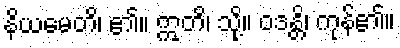
နိယမေတိ၊ ၏။ ဣတိ၊ သို့။ ဝဒန္တိ၊ ကုန်၏။